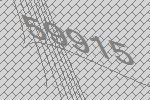
59915